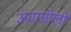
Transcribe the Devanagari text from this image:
उपारसोली